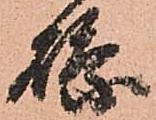
縣